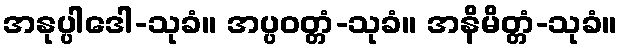
အနုပ္ပါဒေါ-သုခံ။ အပ္ပဝတ္တံ-သုခံ။ အနိမိတ္တံ-သုခံ။